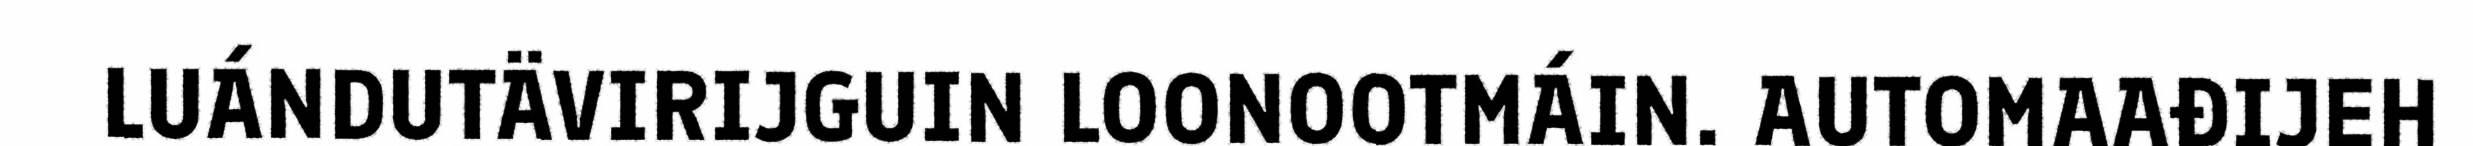
LUÁNDUTÄVIRIJGUIN LOONOOTMÁIN. AUTOMAAĐIJEH